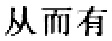
从而有